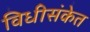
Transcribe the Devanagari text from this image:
विधीसंकेत